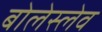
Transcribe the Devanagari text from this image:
बोलेस्लेव